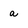
Character: a